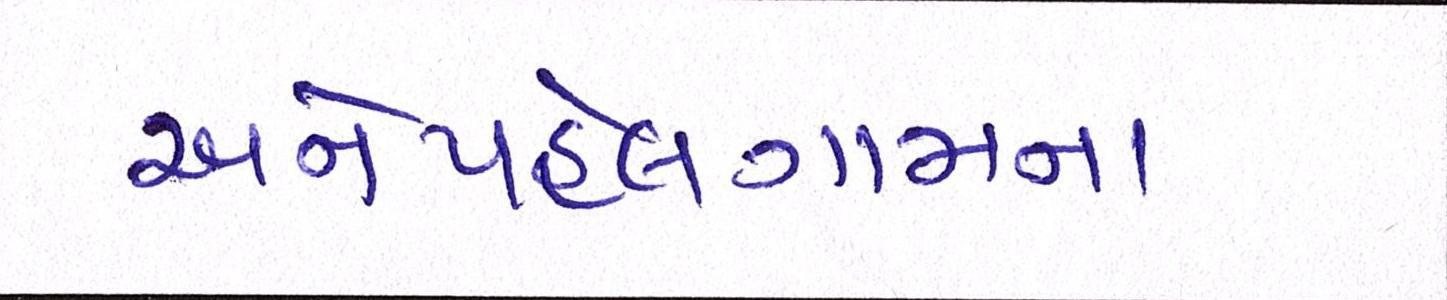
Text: અનેપહેલગામના